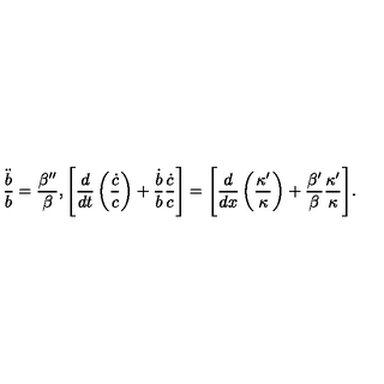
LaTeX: \frac { \ddot { b } } { b } = \frac { \beta ^ { \prime \prime } } { \beta } , \Biggl [ \frac { d } { d t } \left( \frac { \dot { c } } { c } \right) + \frac { \dot { b } } { b } \frac { \dot { c } } { c } \Biggr ] = \Biggl [ \frac { d } { d x } \left( \frac { \kappa ^ { \prime } } { \kappa } \right) + \frac { \beta ^ { \prime } } { \beta } \frac { \kappa ^ { \prime } } { \kappa } \Biggr ] .